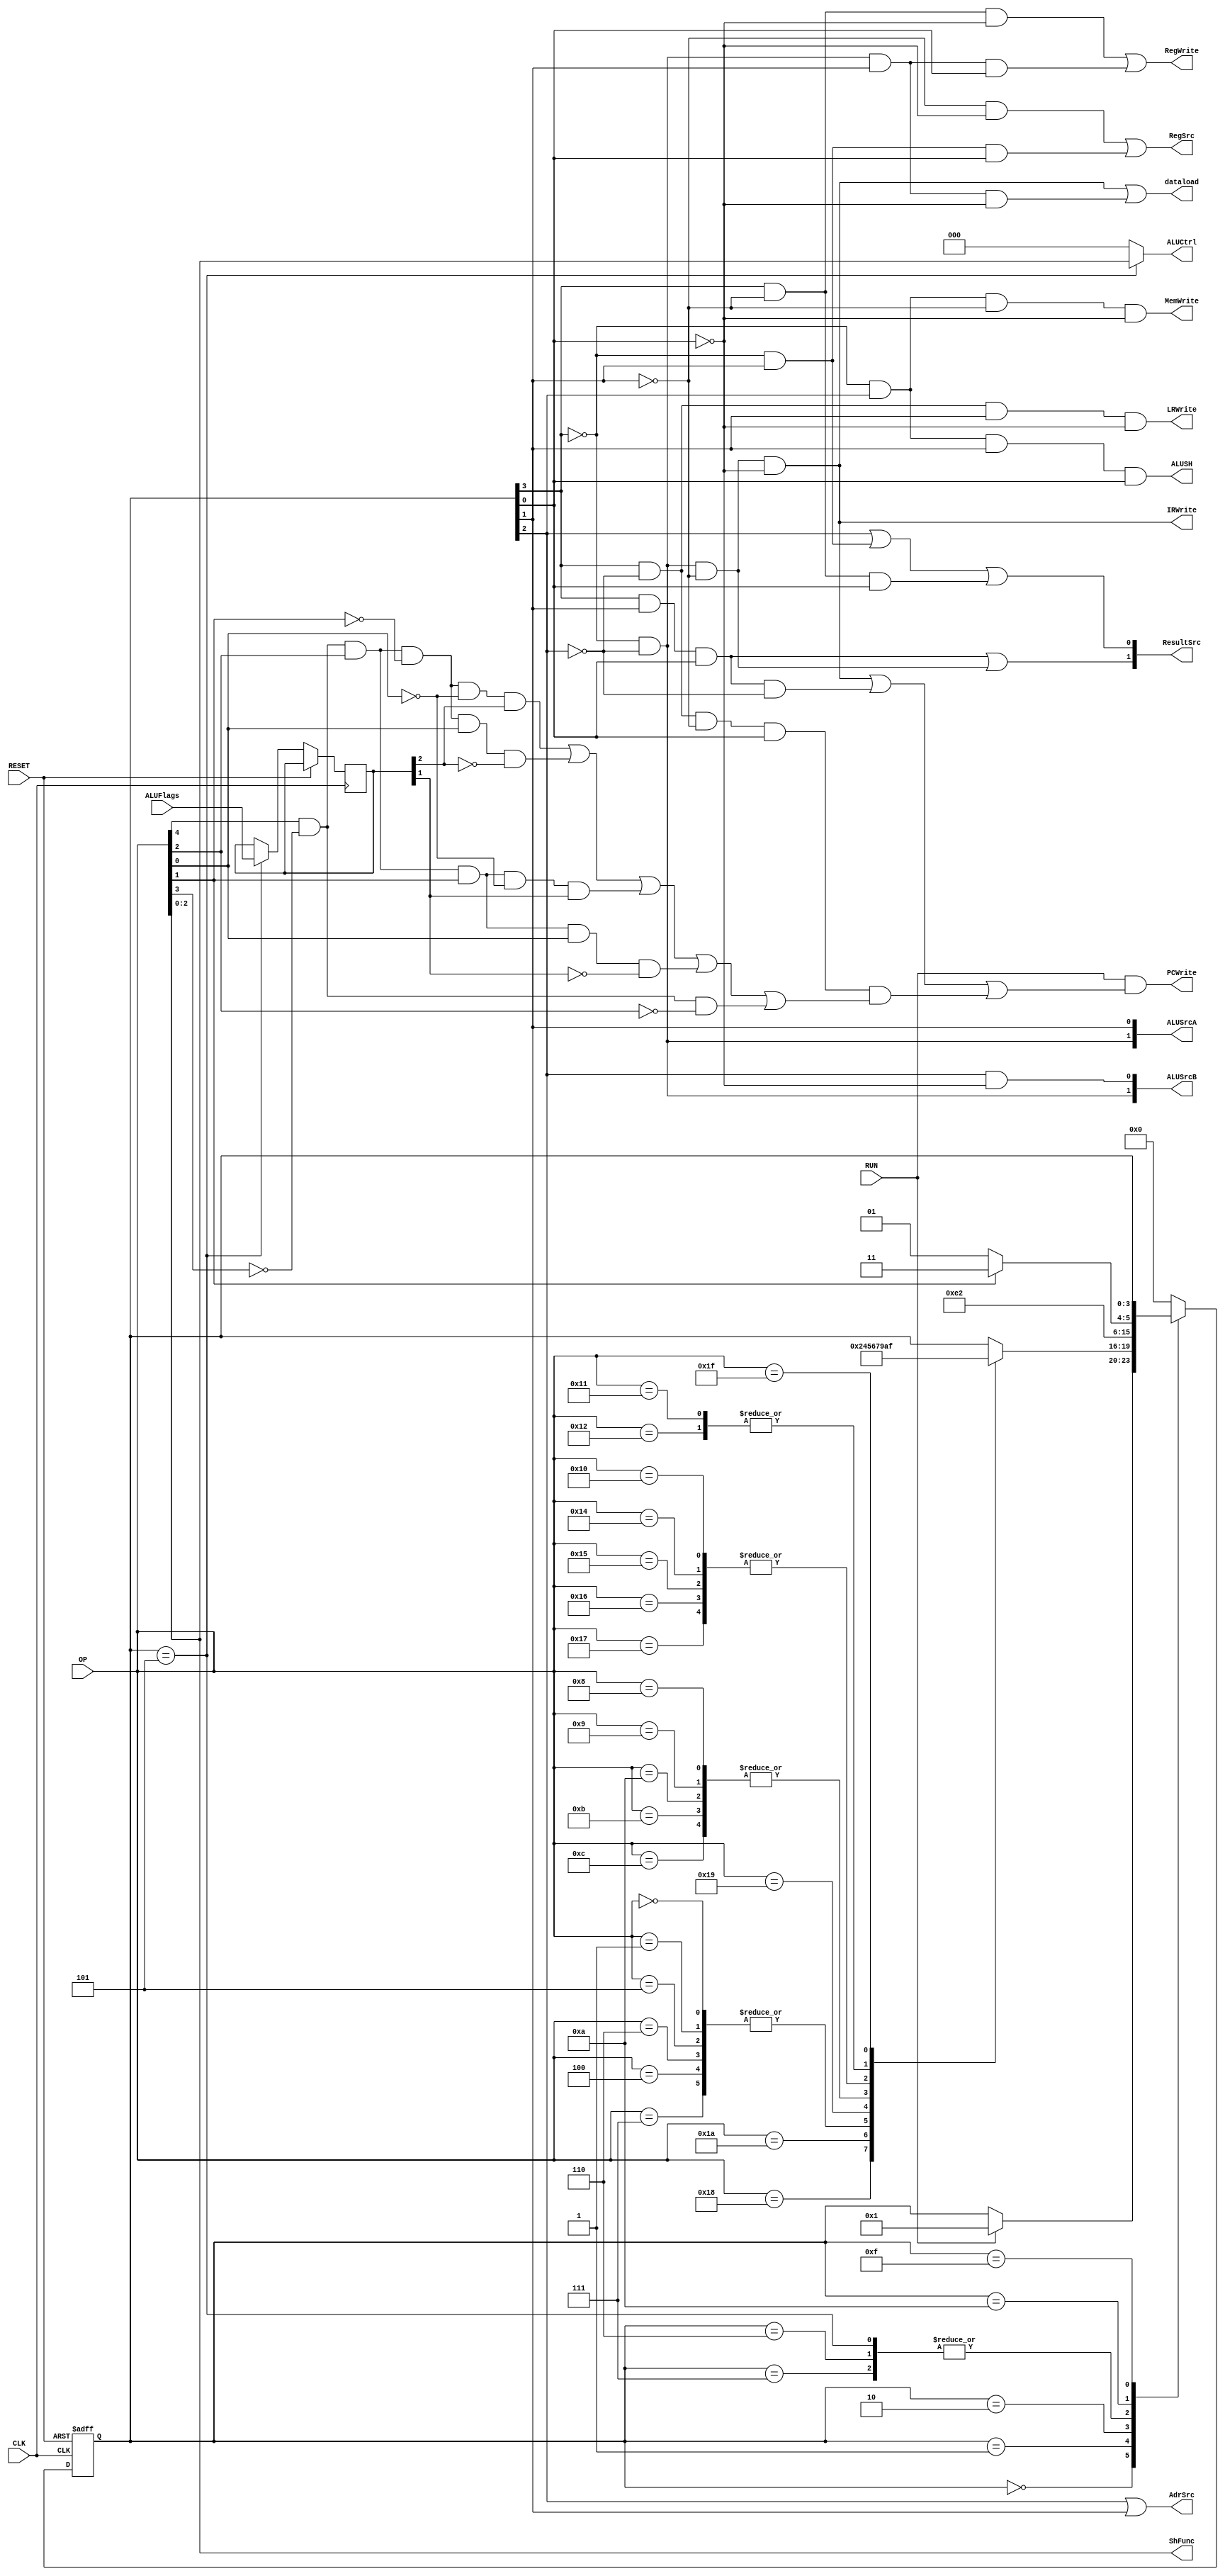
module controller(OP,ALUFlags,CLK,RUN,RESET,PCWrite,LRWrite,AdrSrc,MemWrite,IRWrite,dataload,
						RegSrc,RegWrite,ALUSrcB,ALUSrcA,ALUCtrl,ShFunc,ALUSH,ResultSrc);
						
	input wire [4:0] OP;
	input wire [3:0] ALUFlags;
	input wire CLK,RUN,RESET;
	output wire LRWrite,AdrSrc,IRWrite,RegSrc,ALUSH,dataload;
	output wire [1:0] ALUSrcA,ALUSrcB,ResultSrc;
	output wire [2:0] ALUCtrl,ShFunc;
	output wire PCWrite,MemWrite,RegWrite;
	reg [3:0] flags;
	reg [3:0] state = 4'b0000;
	wire Z,NZ,CS,CC,UN,cond;
	
	// Assigns
	assign cond = (state[3]&~state[2]&~state[1]&state[0]);
	assign UN = (OP[4]&~OP[3]&~OP[2]);
	assign Z = (OP[4]&~OP[3]&OP[2]&~OP[1]&~OP[0]&flags[2]);
	assign NZ = (OP[4]&~OP[3]&OP[2]&~OP[1]&OP[0]&~flags[2]);
	assign CS = (OP[4]&~OP[3]&OP[2]&OP[1]&~OP[0]&flags[1]);
	assign CC = (OP[4]&~OP[3]&OP[2]&OP[1]&OP[0]&~flags[1]);
	
	assign LRWrite = (state[3]&~state[2]&state[1]&~state[0]);
	assign AdrSrc = state[2] | state[1];
	assign IRWrite = (~state[3]&~state[2]&~state[1]&~state[0]);
	assign dataload = IRWrite | (~state[3]&~state[2]&state[1]&~state[0]);
	assign RegSrc = (~state[1]&~state[0]) | (~state[3]&state[1]&state[0]);
	
	assign ALUSrcA[0] = state[1];
	assign ALUSrcA[1] = (~state[3]&~state[2]);
	
	assign ALUSrcB[0] = state[2]&~state[0];
	assign ALUSrcB[1] = (~state[3]&~state[2]);
	
	assign ALUCtrl = (state[3:0]==4'b0101) ? OP[2:0] : 3'b000;
	
	assign ShFunc = OP[2:0];
	
	assign ALUSH = (~state[3]&state[2]&state[1]&state[0]);
	
	assign ResultSrc[0] = state[2] | (~state[3]&state[1]) | (state[3]&~state[1]&state[0]);
	assign ResultSrc[1] = (state[3]&state[1]&state[0]) | (~state[3]&~state[2]&~state[1]);
	assign PCWrite = RUN&((~state[3]&~state[2]&~state[1]&~state[0])|(state[3]&state[1]&state[0]&~state[2])
							|(cond&(Z | NZ | CS | CC | UN)));
	assign MemWrite = (~state[3]&state[2]&~state[1]&~state[0]);
	assign RegWrite = (state[3]&~state[1]&~state[0]) | (~state[3]&~state[2]&state[1]&state[0]);
	
	always @(posedge CLK,posedge RESET)
		begin
		if(RESET)
			state <= 4'b0000;
		else
			begin
			case(state)
		
			4'b0000:
				begin
					if(RUN)
						state <= 4'b0001;	// Decode
				end
			4'b0001:
				begin
					case(OP)
					5'b11000:			// LDR Direct
						state<=4'b0010;
						
					5'b11010:	// STR
						state<=4'b0100;
						
					5'b00000,5'b00001,5'b00101,5'b00110,5'b00100,5'b00111:	// execR
						state<=4'b0101;
						
					5'b11001:	// LDR Imm
						state<=4'b0110;
						
					5'b01000,5'b01001,5'b01010,5'b01011,5'b01100:	// shifts
						state<=4'b0111;
						
					5'b10000,5'b10100,5'b10101,5'b10110,5'b10111:	// B
						state<=4'b1001;
						
					5'b10001,5'b10010:   // BL
						state<=4'b1010;
						
					5'b11111: 	// END
						state<=4'b1111;
					endcase
				end
						
			4'b0010:
				state<=4'b0011;
				
			4'b0101:
				begin
					flags = ALUFlags;
					state<=4'b1000;
				end
			4'b0110,4'b0111:
				state<=4'b1000;
			
			4'b1010:
				begin
					if(OP[1])
						state <=4'b1011;
					else 
						state<=4'b1001;
				end
			4'b1111:   // END state
				;
			default:
				state<=4'b0000;
			endcase
			end
		end
		
endmodule